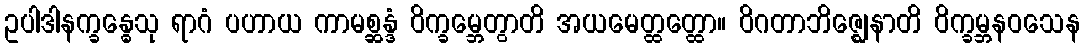
ဥပါဒါနက္ခန္ဓေသု ရာဂံ ပဟာယ ကာမစ္ဆန္ဒံ ဝိက္ခမ္ဘေတွာတိ အယမေတ္ထတ္ထော။ ဝိဂတာဘိဇ္ဈေနာတိ ဝိက္ခမ္ဘနဝသေန